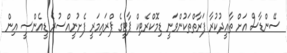
ސޭންޑާސް އަށް ތާއީދުކުރާ ފަރާތްތަކުންވަނީ ޑިމޮކްރެޓިކް ޕާޓީގެ ޕްރައިމަރީ ފެށުނީއްސުރެ ޑީއެންސީ އިން